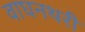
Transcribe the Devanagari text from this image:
वाघनथरी